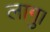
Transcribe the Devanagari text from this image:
लागु।